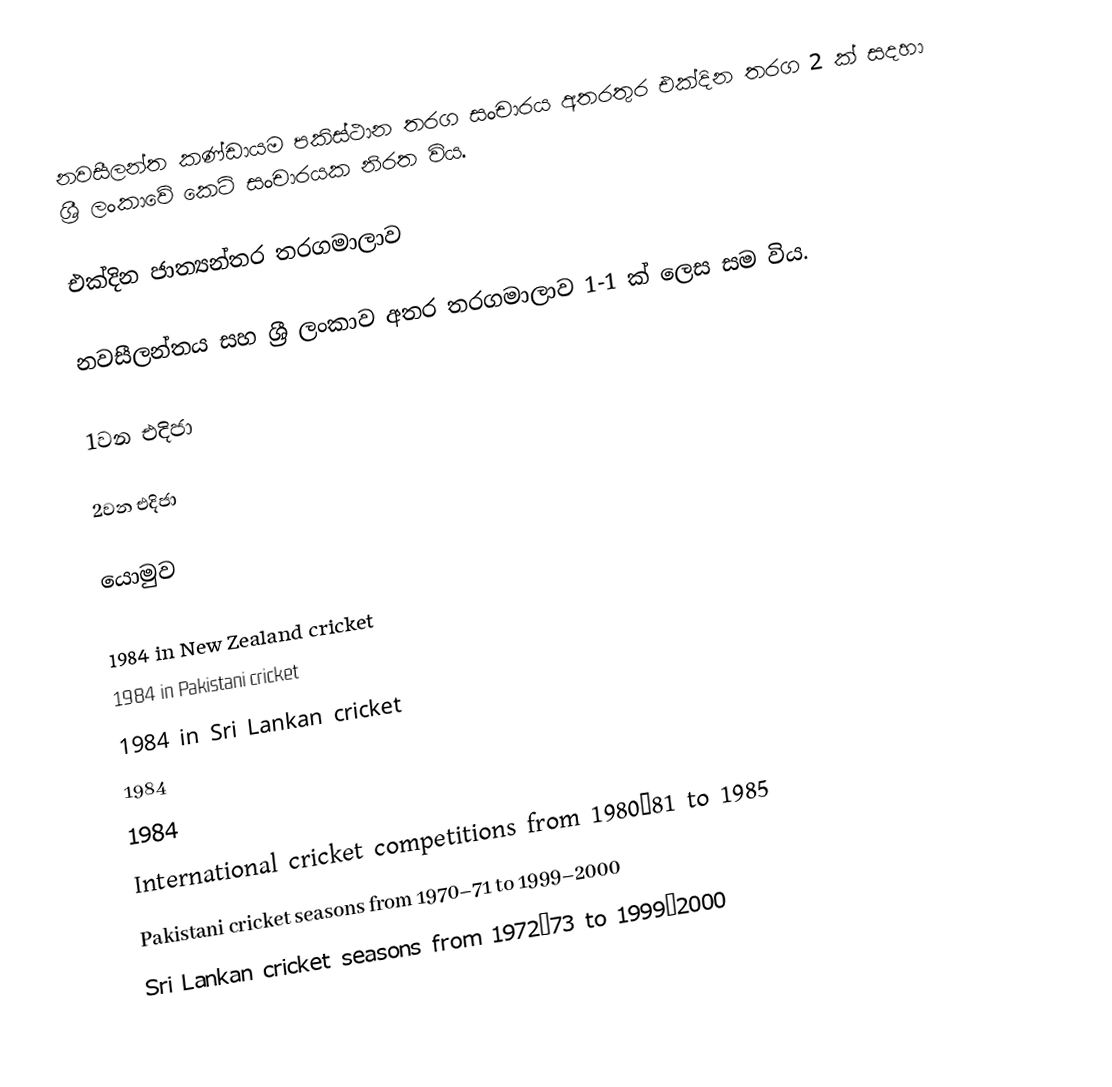
නවසීලන්ත කණ්ඩායම පකිස්ථාන තරග සංචාරය අතරතුර එක්දින තරග 2 ක් සදහා ශ්‍රී ලංකාවේ කෙටි සංචාරයක නිරත විය.

එක්දින ජාත්‍යන්තර තරගමාලාව

නවසීලන්තය සහ ශ්‍රී ලංකාව අතර තරගමාලාව 1-1 ක් ලෙස සම විය.

1වන එදිජා

2වන එදිජා

යොමුව

1984 in New Zealand cricket
1984 in Pakistani cricket
1984 in Sri Lankan cricket
1984
1984
International cricket competitions from 1980–81 to 1985
Pakistani cricket seasons from 1970–71 to 1999–2000
Sri Lankan cricket seasons from 1972–73 to 1999–2000